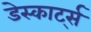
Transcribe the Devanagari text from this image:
डेस्कार्ट्स